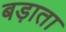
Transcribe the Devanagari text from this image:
बड़ाता